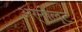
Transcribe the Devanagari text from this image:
अर्नोल्ट